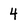
Character: 4